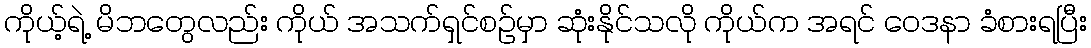
ကိုယ့်ရဲ့ မိဘတွေလည်း ကိုယ် အသက်ရှင်စဉ်မှာ ဆုံးနိုင်သလို ကိုယ်က အရင် ဝေဒနာ ခံစားရပြီး